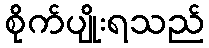
စိုက်ပျိုးရသည်